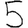
Digit: 5